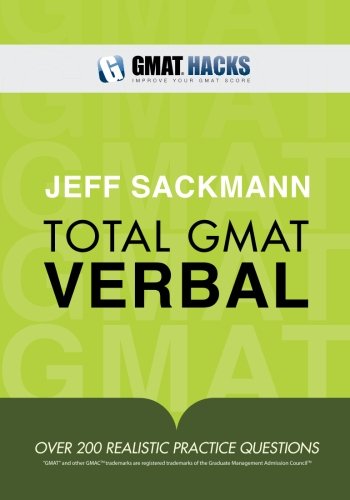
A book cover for Total GMAT Verbal; Jeff Sackmann; Test Preparation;